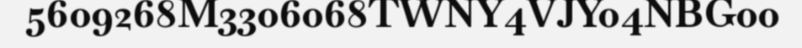
5609268M3306068TWNY4VJY04NBG00